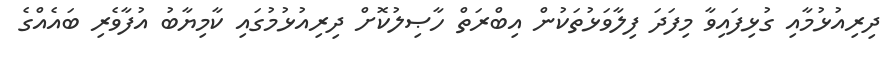
ދިރިއުޅުމާއި ގުޅިފައިވާ މިފަދަ ފިލާވަޅުތަކުން އިބްރަތް ހާޞިލުކޮށް ދިރިއުޅުމުގައި ކާމިޔާބު އުފާވެރި ބައެއްގެ